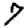
Digit: 7